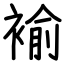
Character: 褕